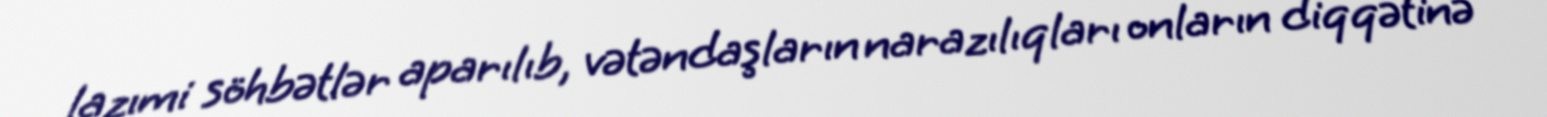
lazımi söhbətlər aparılıb, vətəndaşların narazılıqları onların diqqətinə